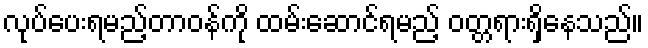
လုပ်ပေးရမည့်တာဝန်ကို ထမ်းဆောင်ရမည့် ဝတ္တရားရှိနေသည်။